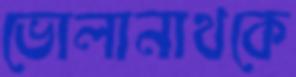
ভোলানাথকে